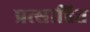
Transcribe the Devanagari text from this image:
प्रत्साहित